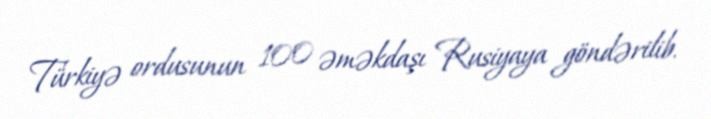
Türkiyə ordusunun 100 əməkdaşı Rusiyaya göndərilib.